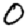
Digit: 0